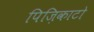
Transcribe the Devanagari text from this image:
पिज़िकाटो